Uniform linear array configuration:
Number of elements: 4
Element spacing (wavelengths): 0.25
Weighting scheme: blackman
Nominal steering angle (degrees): -30
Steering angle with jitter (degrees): -29.268
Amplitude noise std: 0.05
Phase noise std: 0.05

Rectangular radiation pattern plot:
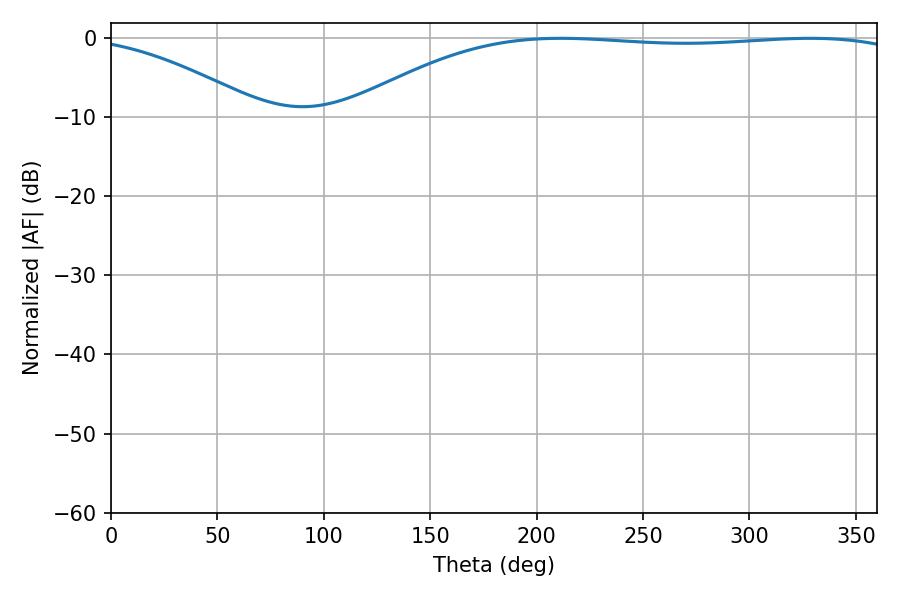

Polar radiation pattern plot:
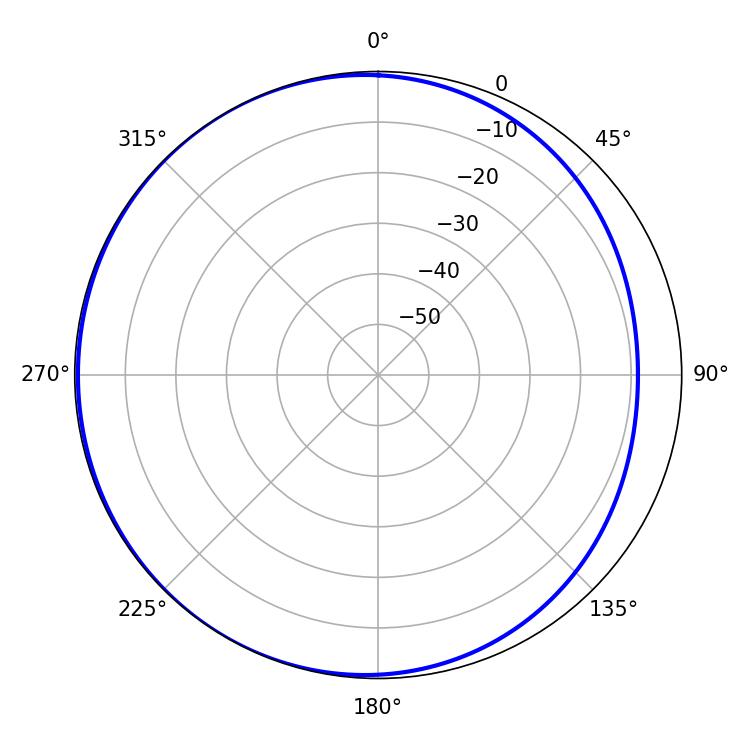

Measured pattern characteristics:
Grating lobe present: FALSE
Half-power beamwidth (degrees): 208.62
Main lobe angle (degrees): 211.32